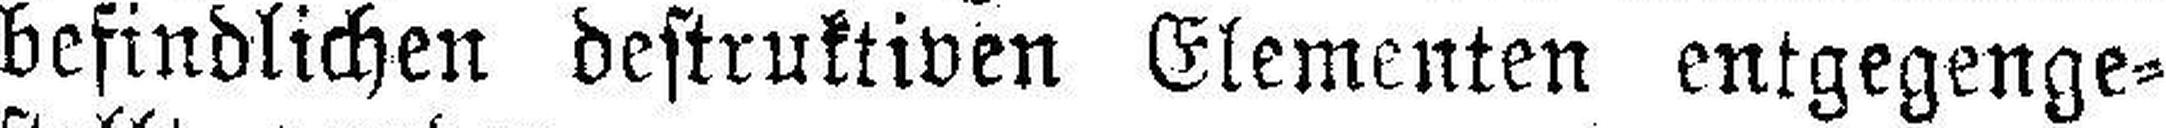
befindlichen destruktiven Elementen entgegenge¬